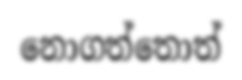
නොගත්තොත්